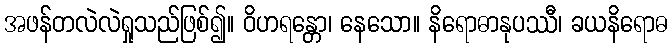
အဖန်တလဲလဲရှုသည်ဖြစ်၍။ ဝိဟရန္တော၊ နေသော။ နိရောဓာနုပဿီ၊ ခယနိရောဓ